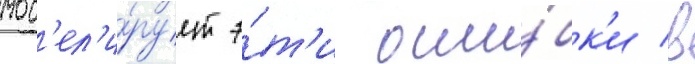
мод'ел'и́рует э́т'и оши́бк'и в